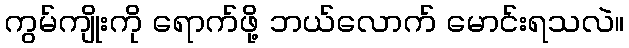
ကွမ်ကျိုးကို ရောက်ဖို့ ဘယ်လောက် မောင်းရသလဲ။